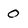
Character: o